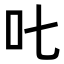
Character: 𠮟